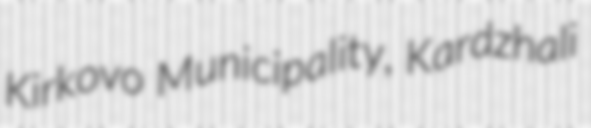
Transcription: Kirkovo Municipality, Kardzhali